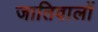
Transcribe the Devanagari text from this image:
जातिवालों